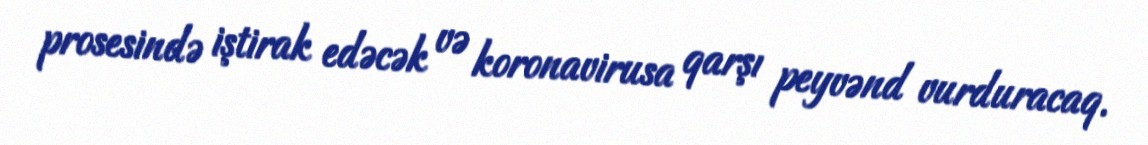
prosesində iştirak edəcək və koronavirusa qarşı peyvənd vurduracaq.